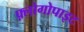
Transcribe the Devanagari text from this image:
फ़्लोगोपाइट